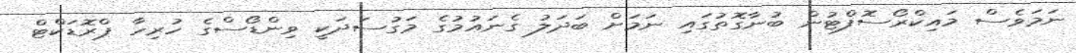
ނަމަވެސް މައިކްރޯސޮފްޓުން ބުނާގޮތުގައި ނަމަށް ބަދަލު ގެނައުމުގެ މަގުސަދަކީ ވިންޑޯސްގެ ހުރިހާ ޕްރޮޑަކްޓް